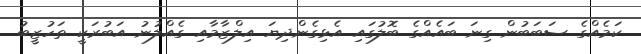
ކަމެއްގެ ސަބަބުން ގިނަ ބައެއްގެ ބޮލުގައި އެޅިގެންދިޔަ އިލްޒާމާއި ގެއްލުނު އަބުރަކީ ތަހުޒީބު